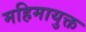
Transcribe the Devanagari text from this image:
महिमायुक्त